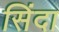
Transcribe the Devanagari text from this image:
सिंदा